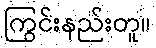
ကြွင်းနည်းတူ။